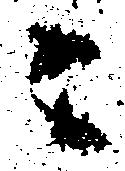
ニ